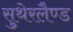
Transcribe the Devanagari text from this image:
सुथेरलैण्ड